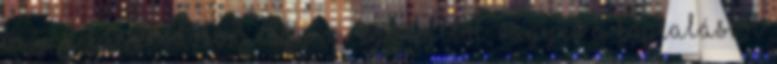
bajjal küszködőkön. Így a régi böjtből, vagyis a koplalásból